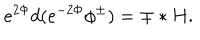
LaTeX: e ^ { 2 \Phi } d ( e ^ { - 2 \Phi } \phi ^ { \pm } ) = \mp * H .